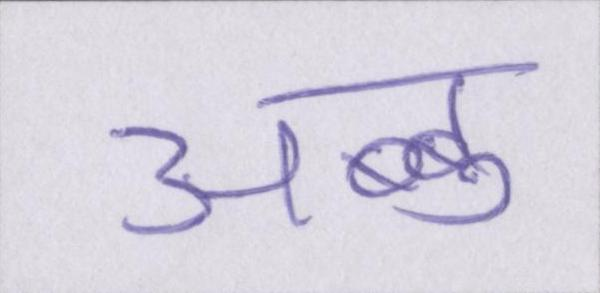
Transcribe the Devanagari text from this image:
अब्बू